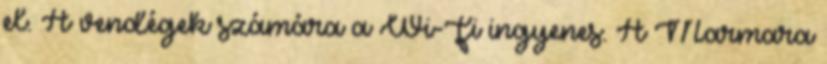
el. A vendégek számára a Wi-Fi ingyenes. A Marmara